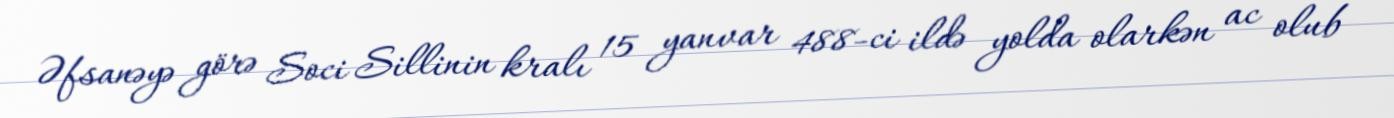
Əfsanəyə görə Soci Sillinin kralı 15 yanvar 488-ci ildə yolda olarkən ac olub